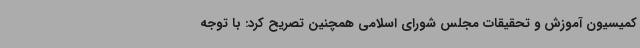
کمیسیون آموزش و تحقیقات مجلس شورای اسلامی همچنین تصریح کرد: با توجه